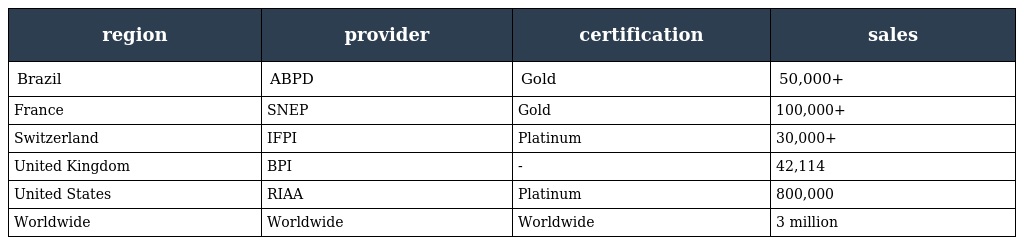
| region | provider | certification | sales |
 | --- | --- | --- | --- |
 | Brazil | ABPD | Gold | 50,000+ |
 | France | SNEP | Gold | 100,000+ |
 | Switzerland | IFPI | Platinum | 30,000+ |
 | United Kingdom | BPI | - | 42,114 |
 | United States | RIAA | Platinum | 800,000 |
 | Worldwide | Worldwide | Worldwide | 3 million |